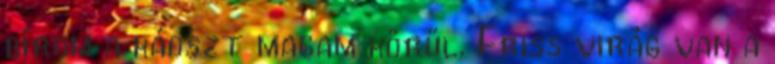
bírom a káoszt magam körül. Friss virág van a